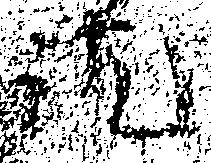
訖